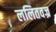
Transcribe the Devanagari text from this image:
ललितवज्र